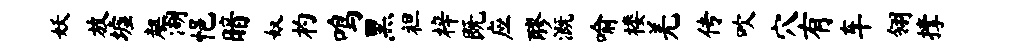
妖放墟趄湖悒暗奴杓鸣黑袒梓既应醪溉喻楼羌传吹穴有车翎撑